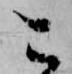
こ